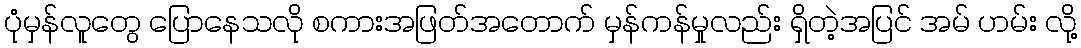
ပုံမှန်လူတွေ ပြောနေသလို စကားအဖြတ်အတောက် မှန်ကန်မှုလည်း ရှိတဲ့အပြင် အမ် ဟမ်း လို့